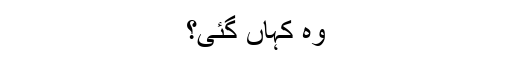
وہ کہاں گئی؟